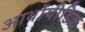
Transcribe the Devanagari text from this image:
आर्थोपीडिक